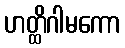
ဟတ္ထိဂါမကော